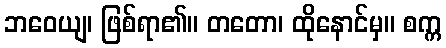
ဘဝေယျ၊ ဖြစ်ရာ၏။ တတော၊ ထိုနောင်မှ။ စက္က